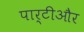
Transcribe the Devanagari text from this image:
पार्टीऔर